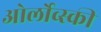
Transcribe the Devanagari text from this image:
ओर्लोव्स्की